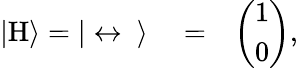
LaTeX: \begin{array}{rlr}{|\mathrm{H}\rangle=|\leftrightarrow\ \rangle}&{{}=}&{\left(\begin{array}{c}{1}\\ {0}\end{array}\right),}\end{array}